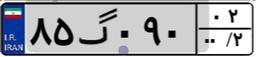
۸۵گ۰۹۰۰۲